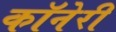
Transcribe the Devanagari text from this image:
कॉनेरी